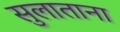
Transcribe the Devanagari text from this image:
सुलाताना